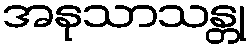
အနုသာသန္တု